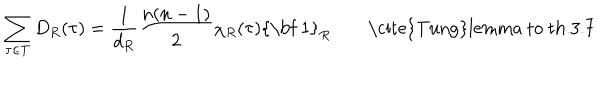
LaTeX: \sum _ { \tau \in T } D _ { R } ( \tau ) = \frac { 1 } { d _ { R } } \frac { n ( n - 1 ) } { 2 } \chi _ { R } ( \tau ) \mathrm { { \bf ~ 1 } } _ { R } \qquad \mathrm { \ c i t e { T u n g } l e m m a ~ t o ~ t h . 3 . 7 }